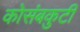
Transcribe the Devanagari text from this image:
कोसंबकुटी